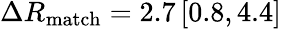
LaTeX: \Delta R_{\mathrm{match}}=2.7\, [0.8,4.4]